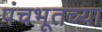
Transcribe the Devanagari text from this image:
पंचभूतच्या